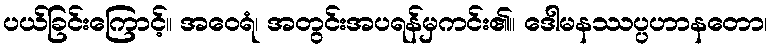
ပယ်ခြင်းကြောင့်။ အဝေရံ၊ အတွင်းအပရန်မှကင်း၏။ ဒေါမနဿပ္ပဟာနတော၊